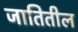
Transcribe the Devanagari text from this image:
जातितील